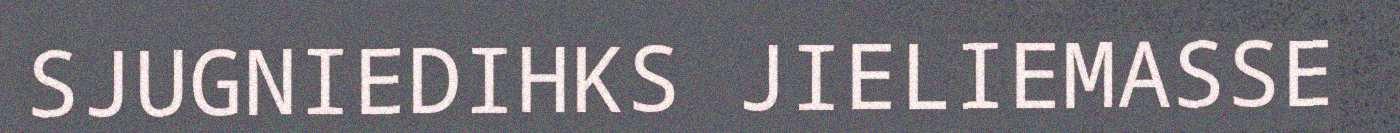
SJUGNIEDIHKS JIELIEMASSE